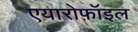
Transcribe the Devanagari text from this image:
एयारोफ़ॉइल